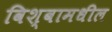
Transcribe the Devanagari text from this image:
विश्वामधील